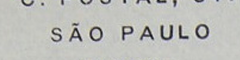
SÃO PAULO